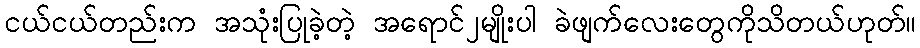
ငယ်ငယ်တည်းက အသုံးပြုခဲ့တဲ့ အရောင်၂မျိုးပါ ခဲဖျက်လေးတွေကိုသိတယ်ဟုတ်။